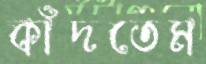
কাঁদতেম